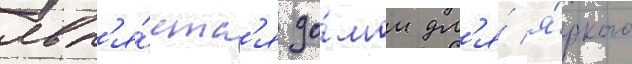
явл'я́етс'я до́мом дл'я́ я́ркого